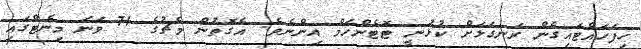
ހިފަހައްޓައިގެން ރަނގަޅަށް ކުޅުނީ ޓޮޓެންހަމް އިންނެވެ. އެގޮތުން މެޗުގެ 71 ވަނަ މިނެޓްގައި